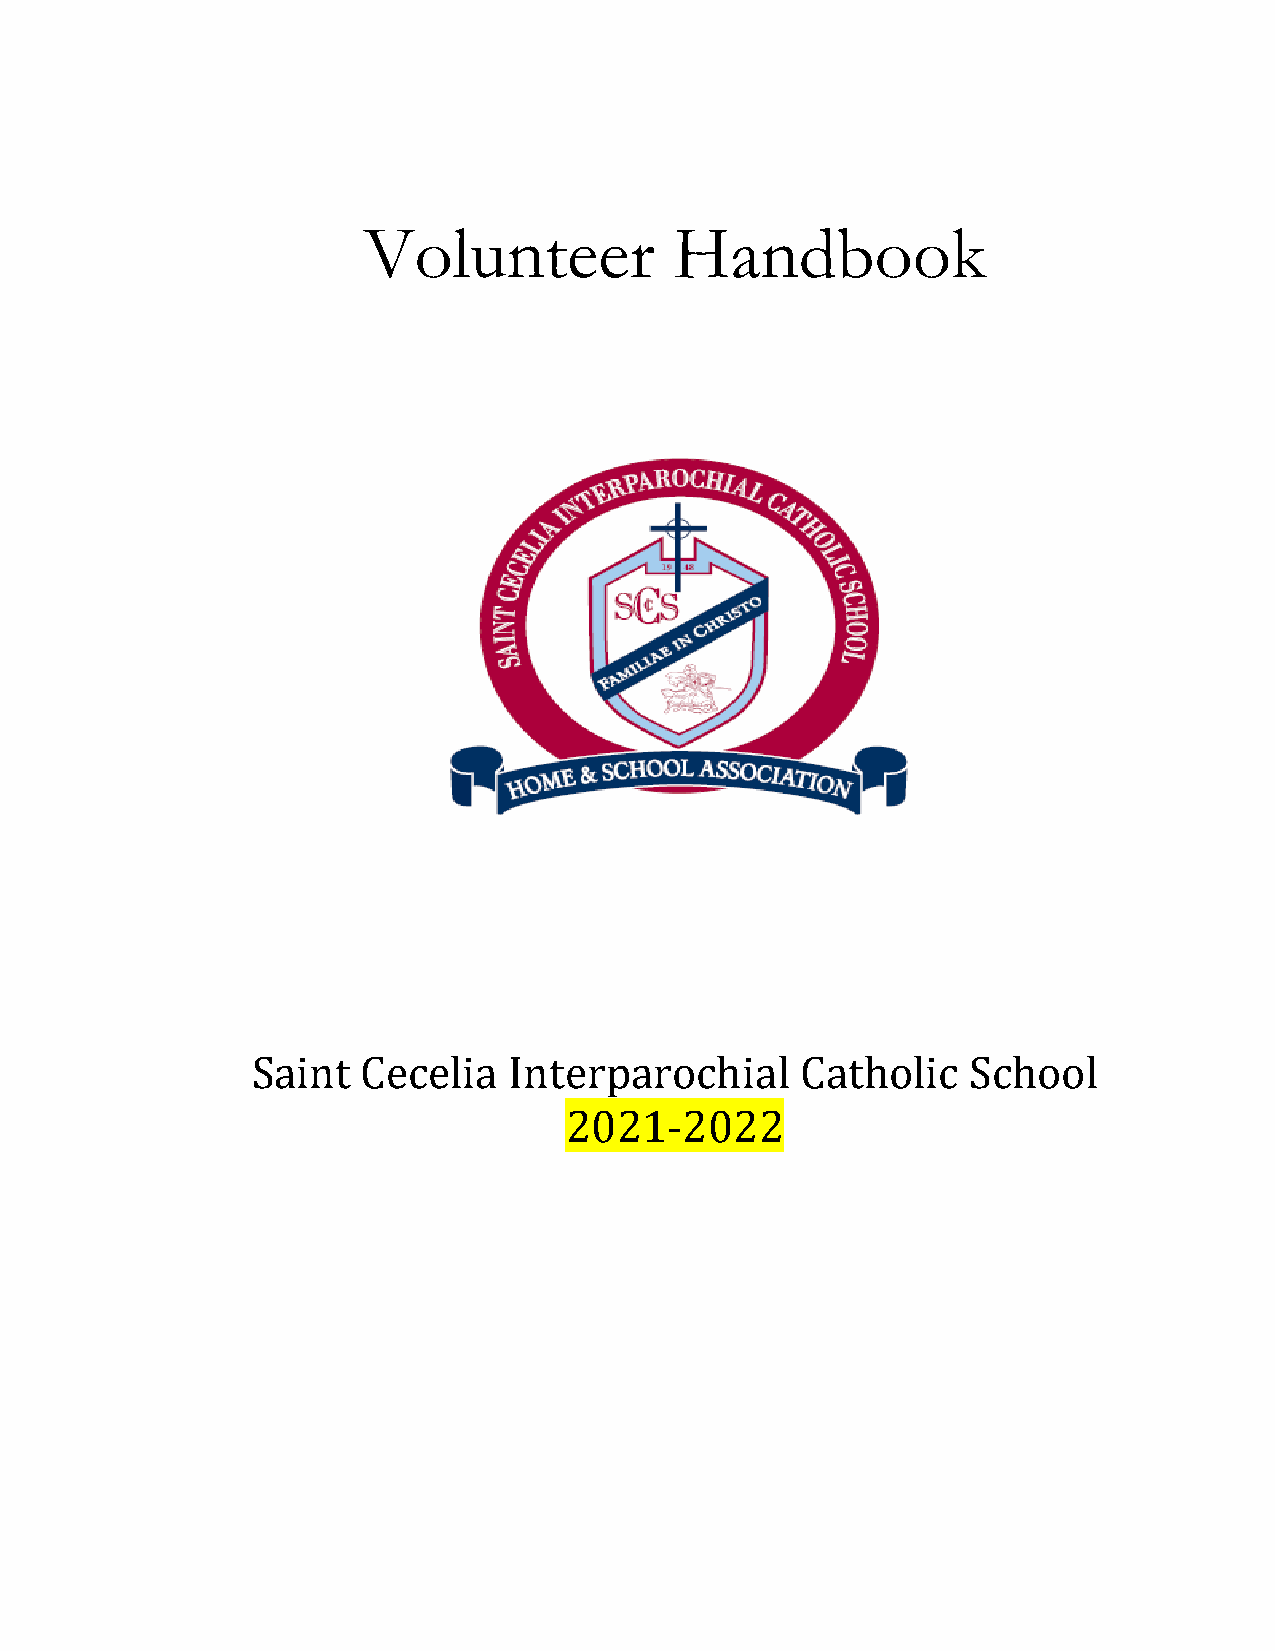
Volunteer            Handbook
 Saint  Cecelia   Interparochial     Catholic   School
 2021-2022